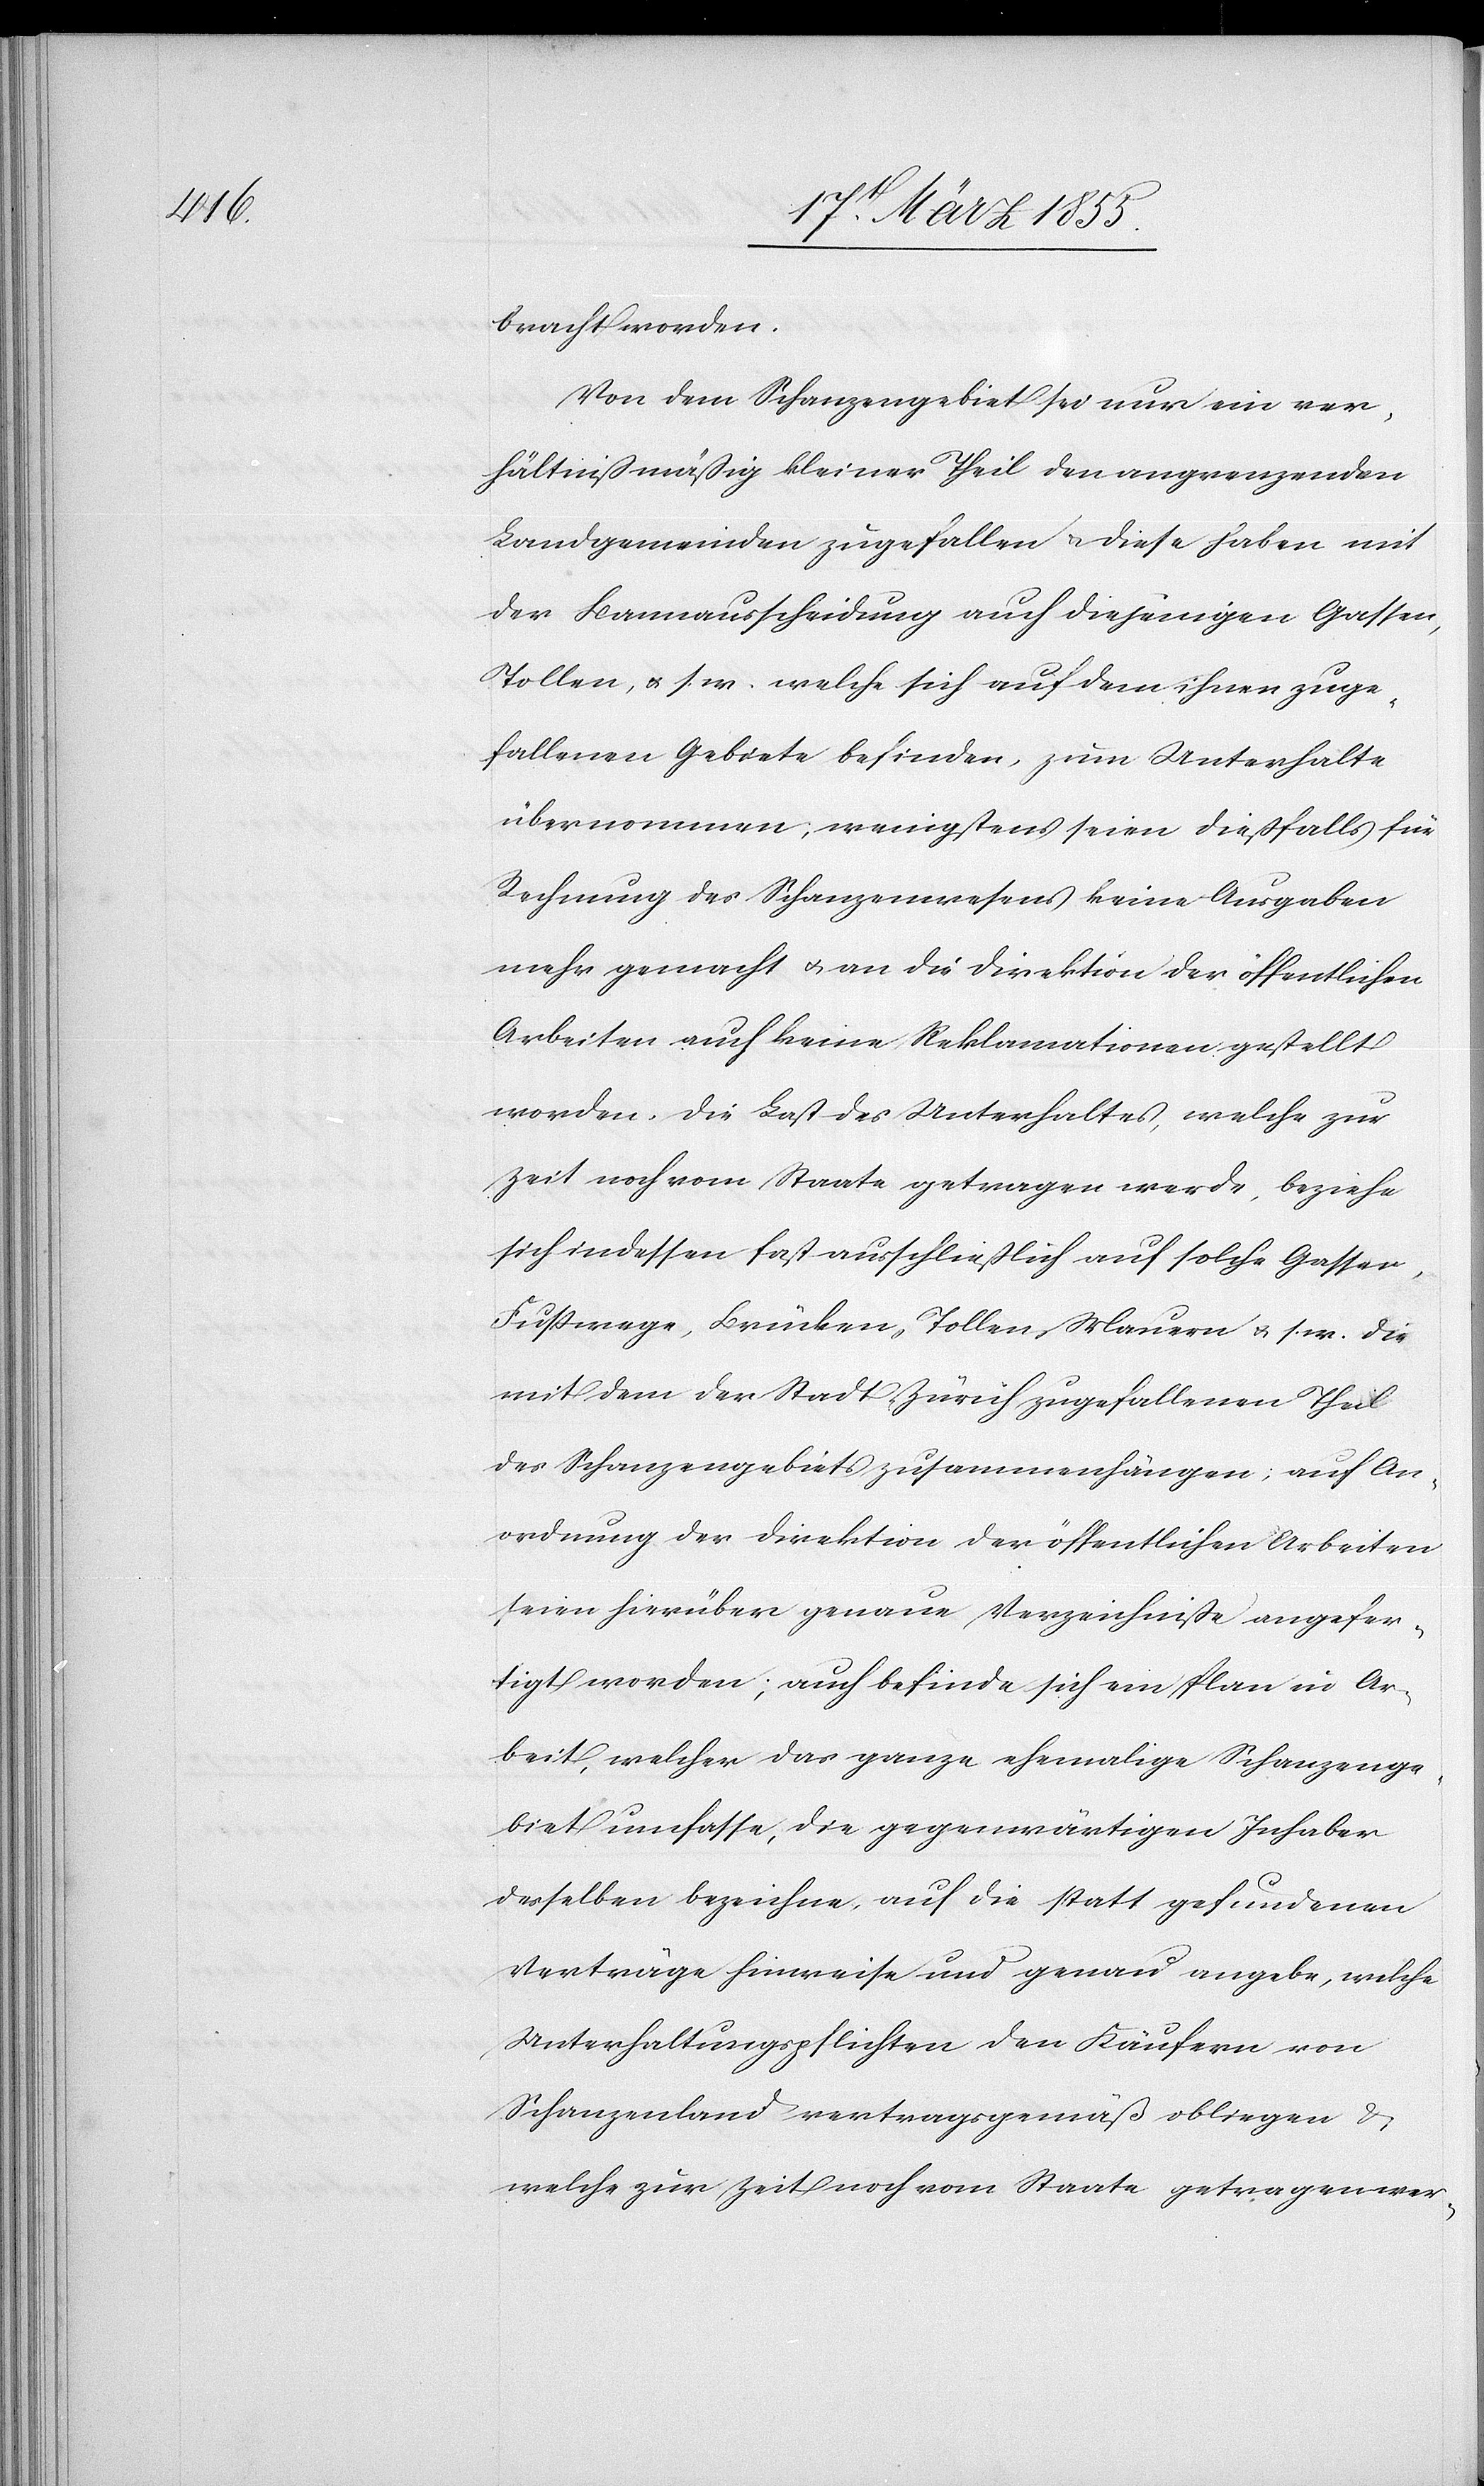
bracht worden.
Von dem Schanzengebiet sei nur ein ver¬
hältnißmäßig kleiner Theil den angrenzenden
Landgemeinden zugefallen & diese haben mit
der Bannausscheidung auch diejenigen Gassen,
Tollen, & s. w. welche sich auf dem ihnen zuge¬
fallenen Gebiete befinden, zum Unterhalte
übernommen, wenigstens seien dießfalls für
Rechnung des Schanzenwesens keine Ausgaben
mehr gemacht & an die Direktion der öffentlichen
Arbeiten auch keine Reklamationen gestellt
worden. Die Last des Unterhaltes, welche zur
Zeit noch vom Staate getragen werde, beziehe
sich indessen fast ausschließlich auf solche Gassen,
Fußwege, Brücken, Tollen, Mauern & s. w. die
mit dem der Stadt Zürich zugefallenen Theil
des Schanzengebiets zusammenhängen; auf An¬
ordnung der Direktion der öffentlichen Arbeiten
seien hierüber genaue Verzeichniße angefer¬
tigt worden; auch befinde sich ein Plan in Ar¬
beit, welcher das ganze ehemalige Schanzenge¬
biet umfasse, die gegenwärtigen Inhaber
desselben bezeichne, auf die statt gefundenen
Verträge hinweise und genau angebe, welche
Unterhaltungspflichten den Käufern von
Schanzenland vertragsgemäß obliegen &
welche zur Zeit noch vom Staate getragen wer-